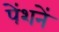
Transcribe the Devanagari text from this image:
पेंशनें